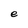
Character: e